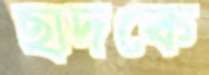
ছাদকে